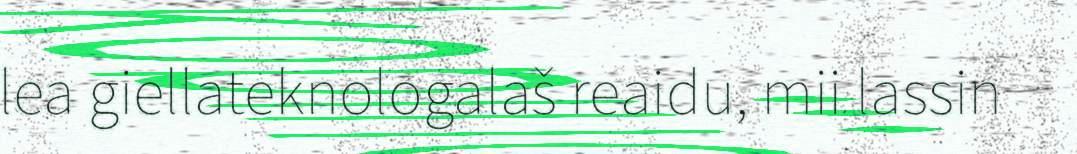
lea giellateknologalaš reaidu, mii lassin